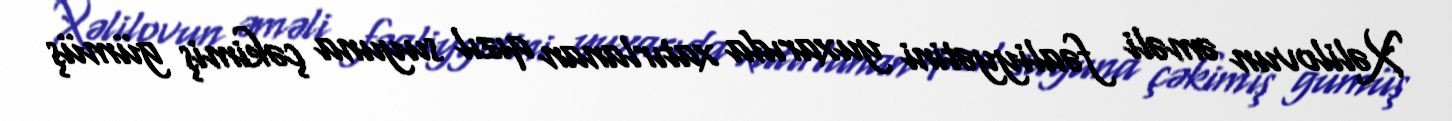
Xəlilovun əməli fəaliyyətini yuxarıda xatırlanan qızıl suyuna çəkimiş gümüş